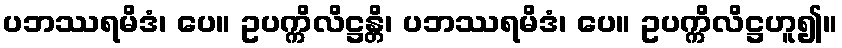
ပဘဿရမိဒံ၊ ပေ။ ဥပက္ကိလိဋ္ဌန္တိ၊ ပဘဿရမိဒံ၊ ပေ။ ဥပက္ကိလိဋ္ဌဟူ၍။